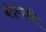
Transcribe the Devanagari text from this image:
बोद्धप्राप्ति